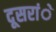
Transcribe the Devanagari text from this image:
दूसरांे